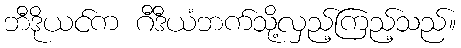
ဘီဒိုယင်က ဂီဒီယံဘက်သို့လှည့်ကြည့်သည်။